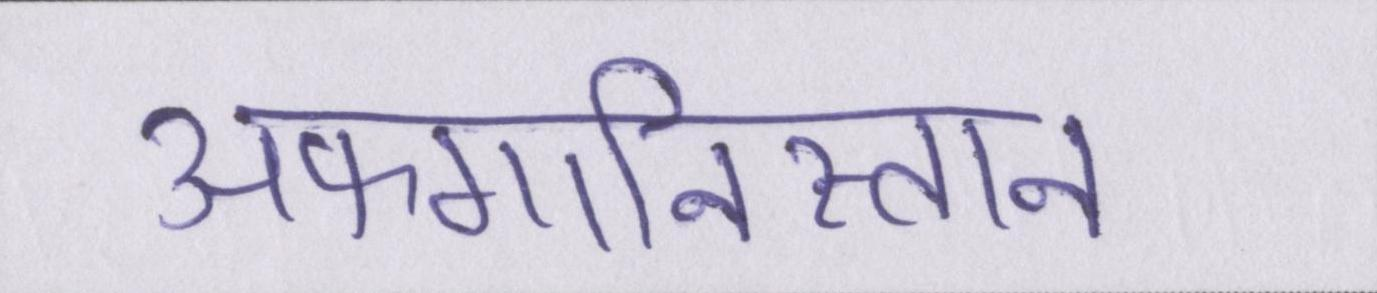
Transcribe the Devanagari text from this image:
अफगानिस्तान